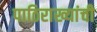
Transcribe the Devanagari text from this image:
पाठिराख्यांची